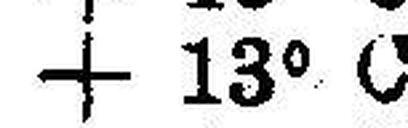
+ 13° C